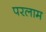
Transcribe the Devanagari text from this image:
परलाम